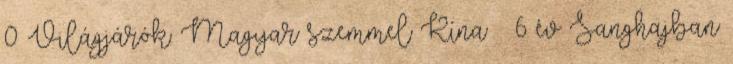
0 Világjárók: Magyar szemmel Kína – 6 év Sanghajban